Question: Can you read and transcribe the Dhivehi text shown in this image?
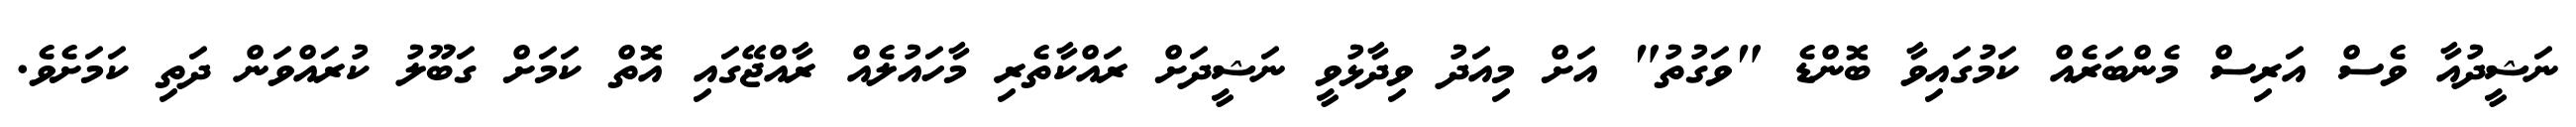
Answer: ނަޝީދުއާ ވެސް އަރިސް މެންބަރެއް ކަމުގައިވާ ބޮންޑެ "ވަގުތު" އަށް މިއަދު ވިދާޅުވީ ނަޝީދަށް ރައްކާތެރި މާހައުލެއް ރާއްޖޭގައި އޮތް ކަމަށް ގަބޫލު ކުރައްވަން ދަތި ކަމަށެވެ.